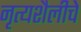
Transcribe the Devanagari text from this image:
नृत्यशैलीचे